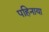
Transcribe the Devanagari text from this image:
पहिनाया